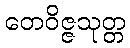
တေဝိဇ္ဇသုတ္တ